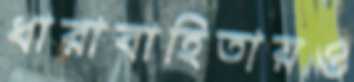
ধারাবাহিতায়ও